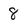
Character: 8